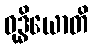
ဝုဒ္ဓိယောတိ